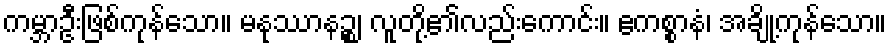
ကမ္ဘာဦးဖြစ်ကုန်သော။ မနုဿာနဉ္စ၊ လူတို့၏လည်းကောင်း။ ဧကစ္စာနံ၊ အချို့ကုန်သော။